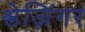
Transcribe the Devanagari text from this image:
श्लेज़िंगर